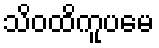
သိဝထိကူပမေ